Indian journal of veterinary science and animal husbandry - Volume 3,
Year: 1933
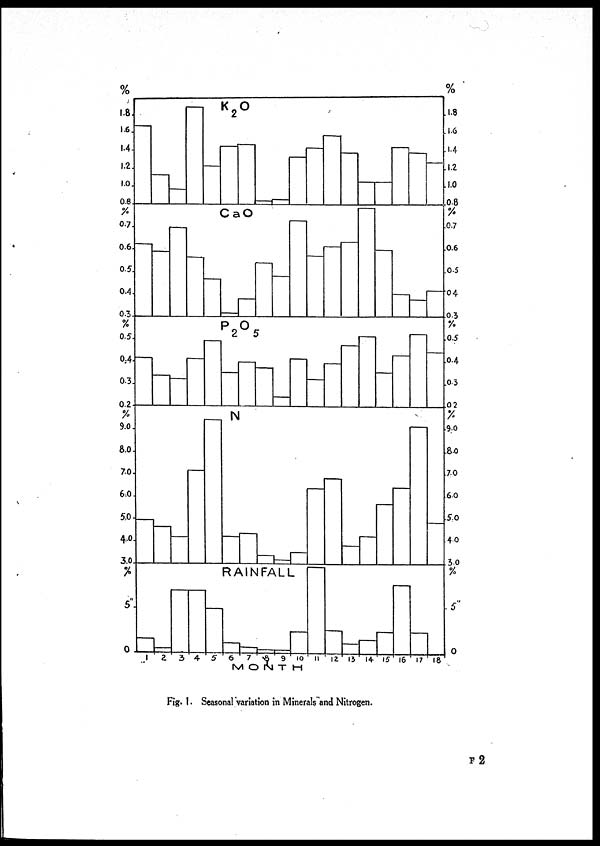
Fig. 1. Seasonal variation in Minerals and Nitrogen.
F 2